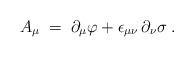
LaTeX: \begin{align*} A_\mu \;=\; \partial_\mu \varphi + \epsilon_{\mu\nu} \, \partial_\nu \sigma \;.\end{align*}